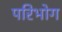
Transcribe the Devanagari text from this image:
परिभोग